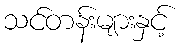
သင်တန်းများနှင့်